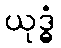
ယုဒ္ဓံ